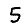
Digit: 5